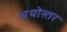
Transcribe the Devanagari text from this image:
अधोस्तर